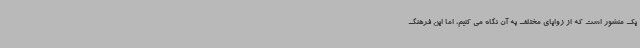
یک منشور است که از زوایای مختلف به آن نگاه می کنیم، اما این فرهنگ